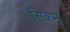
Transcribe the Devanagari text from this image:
सिकम